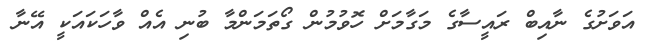
އަވަށުގެ ނާއިބް ރައީސާގެ މަގާމަށް ހޮވުމުން ގޯތަމަންމާ ބުނި އެއް ވާހަކައަކީ އޭނާ